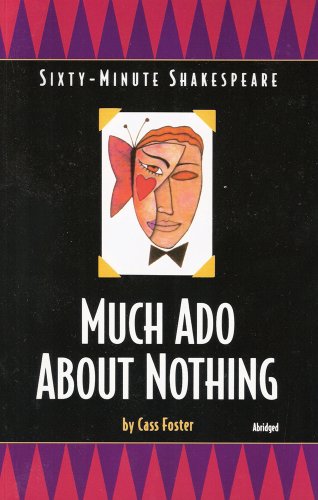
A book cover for Much Ado About Nothing: Sixty-Minute Shakespeare Series (Classics for All Ages); Cass Foster; Teen & Young Adult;